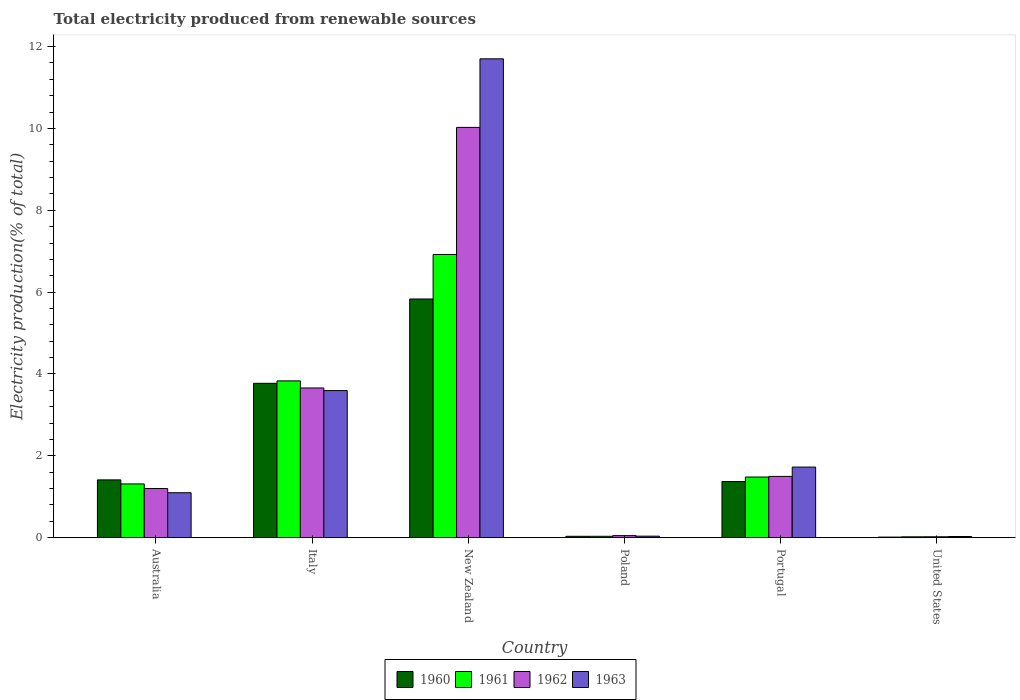
| Country | 1960 | 1961 | 1962 | 1963 |
 | --- | --- | --- | --- | --- |
 | Australia | 1.41 | 1.31 | 1.2 | 1.1 |
 | Italy | 3.77 | 3.83 | 3.66 | 3.59 |
 | New Zealand | 5.83 | 6.92 | 10 | 11.7 |
 | Poland | 0.0342 | 0.0341 | 0.0509 | 0.0379 |
 | Portugal | 1.37 | 1.48 | 1.5 | 1.73 |
 | United States | 0.0153 | 0.0215 | 0.0228 | 0.0294 |